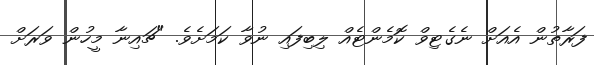
ފަރާތުން އެއަށް ނެގެޓިވް ކޮމެންޓެއް ލިބިފައި ނުވާ ކަމަށެވެ. "ޗައިނާ މީހުން ވަރަށް